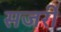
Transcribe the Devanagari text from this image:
सजर्री